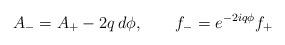
LaTeX: \begin{align*}A_- = A_+ - 2q \, d \phi, \qquad f_- = e^{ - 2 i q \phi } f_+ \end{align*}